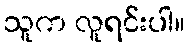
သူက လူရင်းပါ။